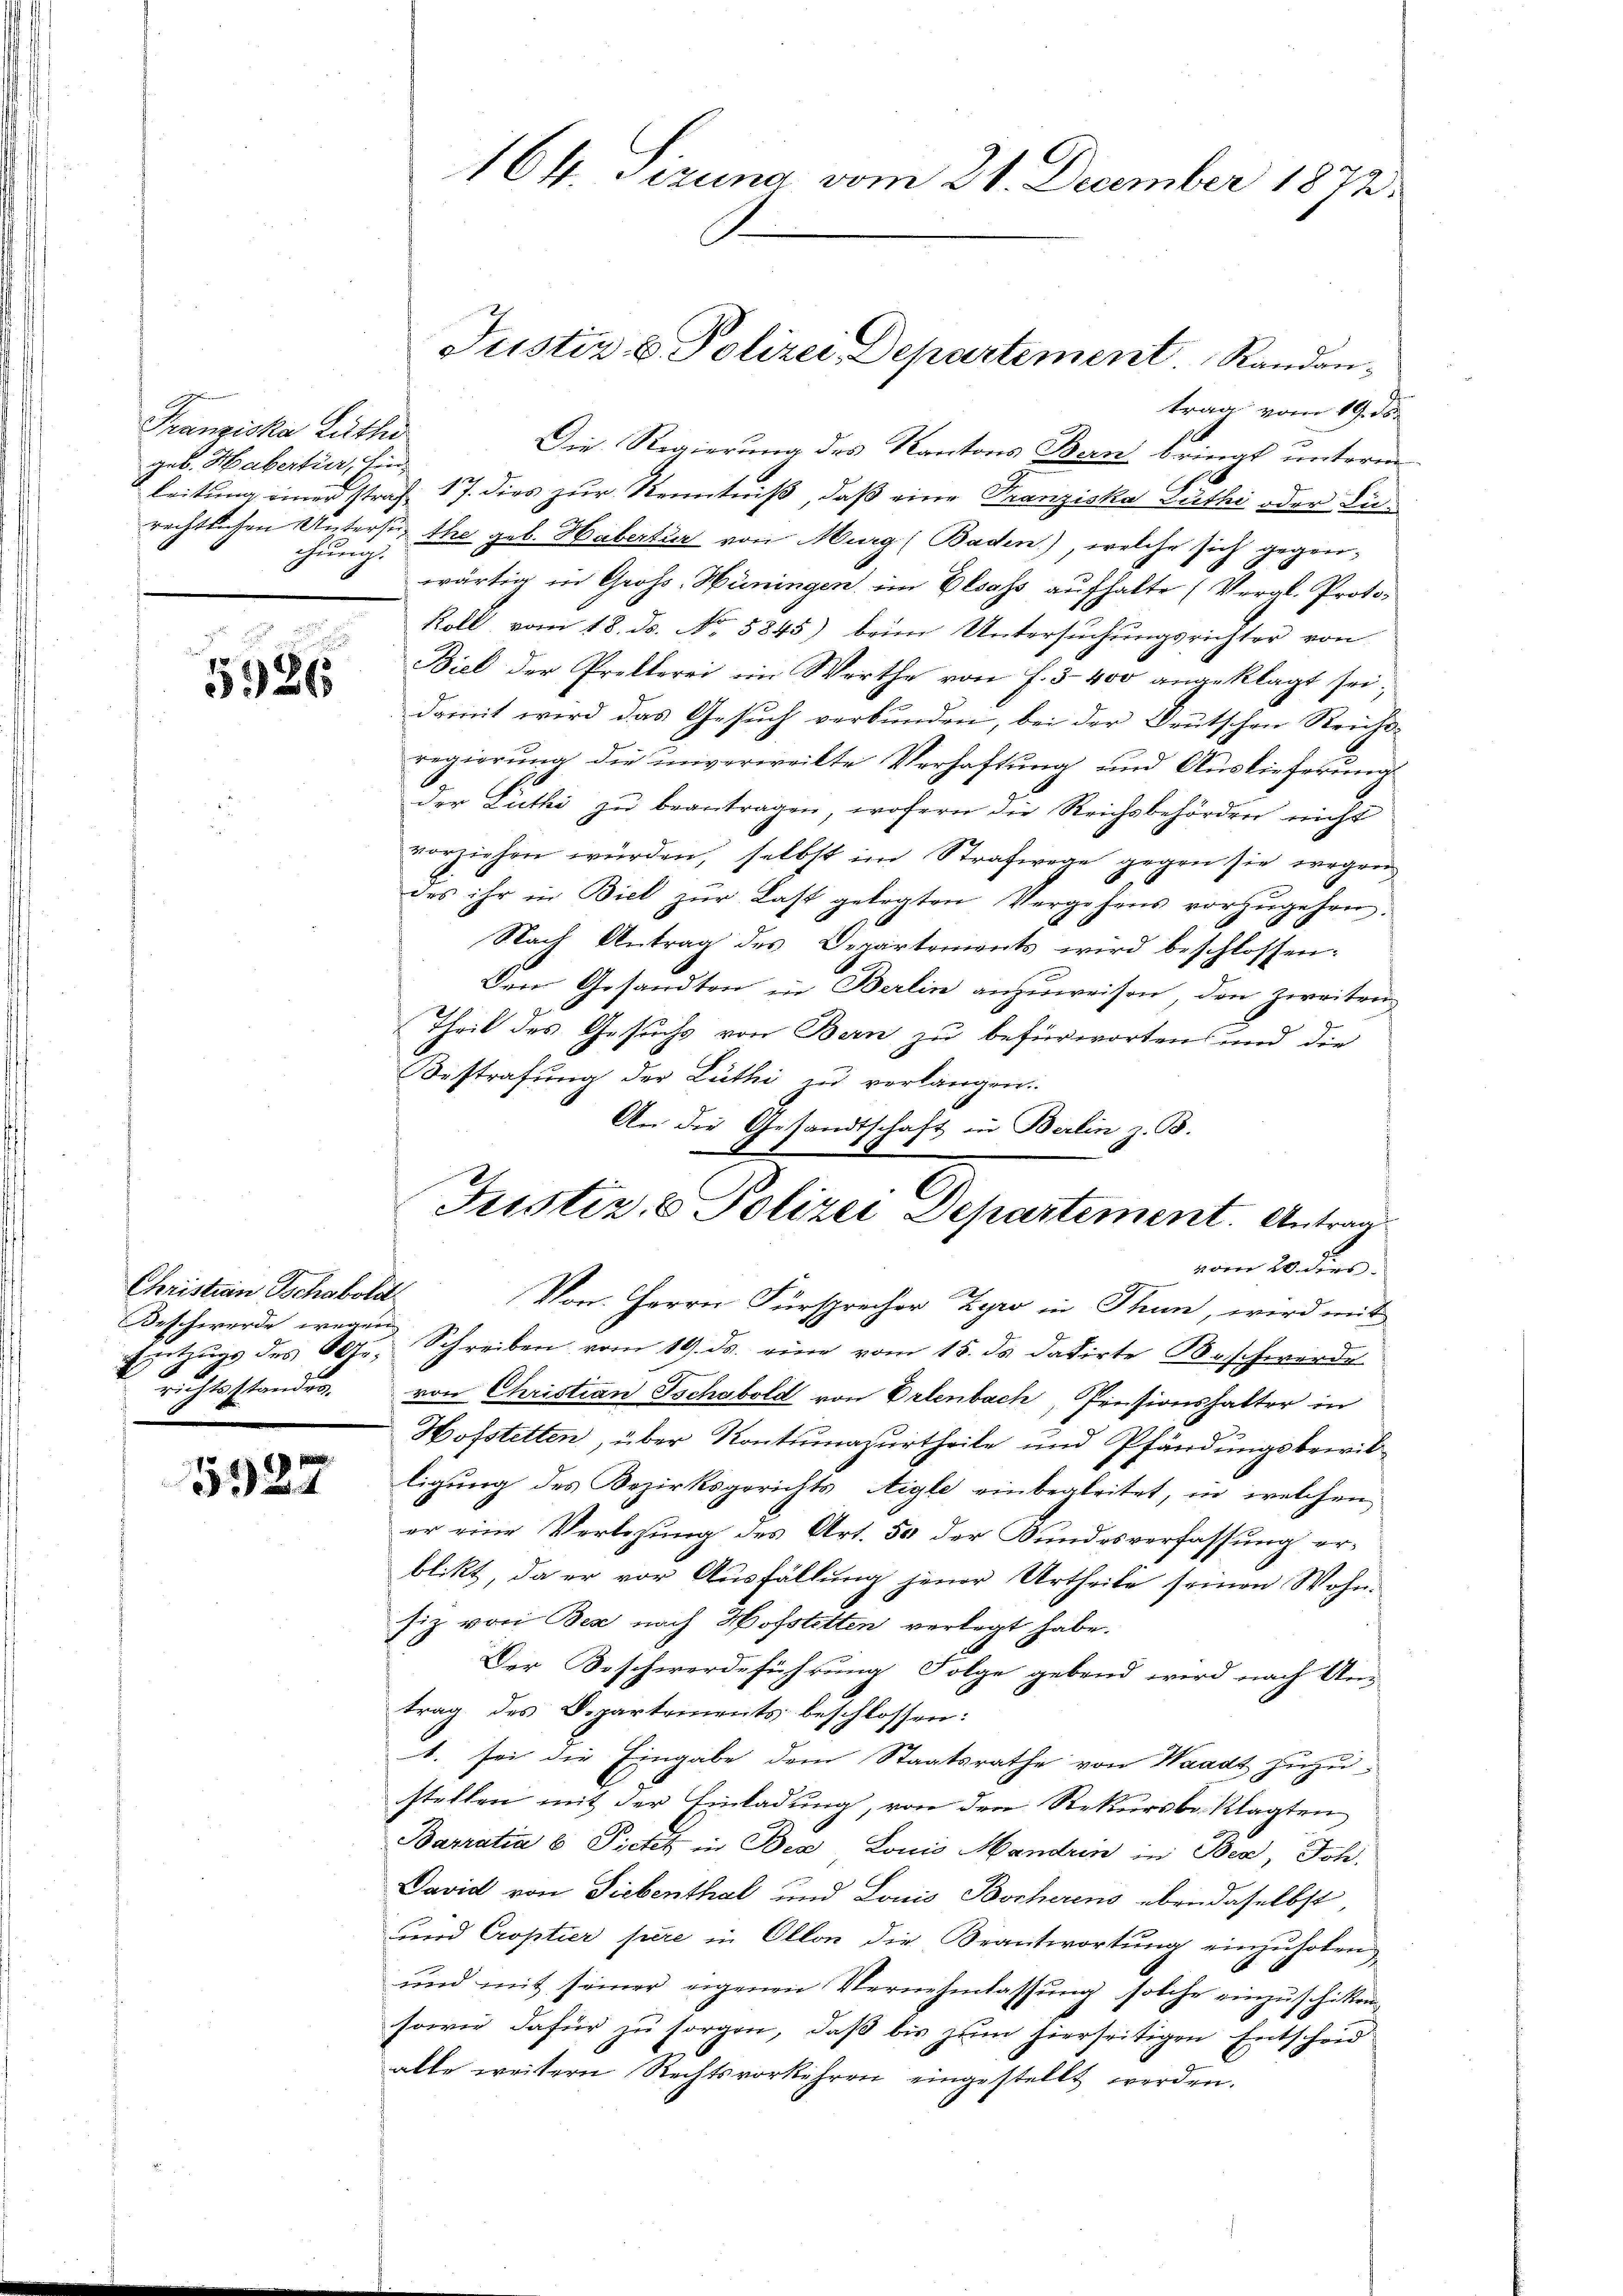
Franziska Luther
geb. Habertier, Ein-
chung.

e
5926

Christain Tschabold
Beschwerde wegen
.

sn.
524

trag vom 19. ds.
Die Regierung des Kantons Bern bringt unterm
leitung einer straf 17. dies zur Kenntniß, daß eine Franziska Zuthi oder Lirechtlichen Untersu, the geb. Habertur von Murg, Baden), welche sich gegenwärtig in Groß-Hüningen, im Elsass aufhalte (Vergl. Proto-
koll, vom 18. ds. No. 5845) beim Untersuchungsrichter von
Biel der Prollerei im Werthe von f. 3400 angeklagt sei;
damit wird das Gesuch verbunden, bei der Deutschen Reichsregierung die unverweilte Verhaftung und Auslieferung
2
der Luthi zu beantragen, wohern die Reichsbehörden nicht
vorziehen würden, selbst im Strafwege gegen sie wegen
des ihr in Biel zŭr Last gelegten Vergehens vorzŭgehen.
Nach Antrag des Departements wird beschlossen:
Den Gesandten in Berlin anzuweisen, den Zweiten
Theil des Gesuchs von Bern zu befürworten und die
Bestrafung der Lüthi zu verlangen.
An die Gesandtschaft in Berlin z. B.
Von Herrn Fürsprecher Zyro in Thun, wird mit
Extings des Gr. Schreiben vom 19. ds. eine vom 15. ds. datirte Beschwerde
richtsstandes. von Christian Tschabold von Erlenbach, Pensionshalter in
Hofstetten, über Kontumazurtheile und Pfändungsbewilligung des Bezirksgerichts Aigle einbegleitet, in welchen
er eine Verlesung des Art. 50 der Bundesverfassung erblikt, da er vor Ausfällung jener Urtheile seinen Wohnsiz von Bea nach Hofstetten verlegt habe.
Der Beschwerdeführung Folge gebend wird nach Un-
trag des Departements beschlossen:
1. sei die Eingabe dem Staatsrathe von Waadt zuzustellen mit der Einladung, von den Rekursbeklagten
Barratia b Pietet in Bex, Lonio Mandrin in Ber, Joh.
David von Siebenthal und Louis Bocherens eben daselbst,
und Croptier pere in Ollon die Beantwortung einzuholen
und mit seiner eigenen Vernehmlassung solche einzuschiken
sowie dafür zu sorgen, daß bis zum hierseitigen Entscheid
alle weitern Rechtsvorkehren eingestellt werden.

164. Sezung vom 21. December 1872

Justiz & Polizei Departement. Randan¬

Justiz & Polizei Departement. Antrag
vom 10 ders